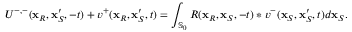
U ^ { - , - } ( \mathbf { x } _ { R } , \mathbf { x } _ { S } ^ { \prime } , - t ) + v ^ { + } ( \mathbf { x } _ { R } , \mathbf { x } _ { S } ^ { \prime } , t ) = \int _ { \mathbb { S } _ { 0 } } R ( \mathbf { x } _ { R } , \mathbf { x } _ { S } , - t ) * v ^ { - } ( \mathbf { x } _ { S } , \mathbf { x } _ { S } ^ { \prime } , t ) d \mathbf { x } _ { S } .